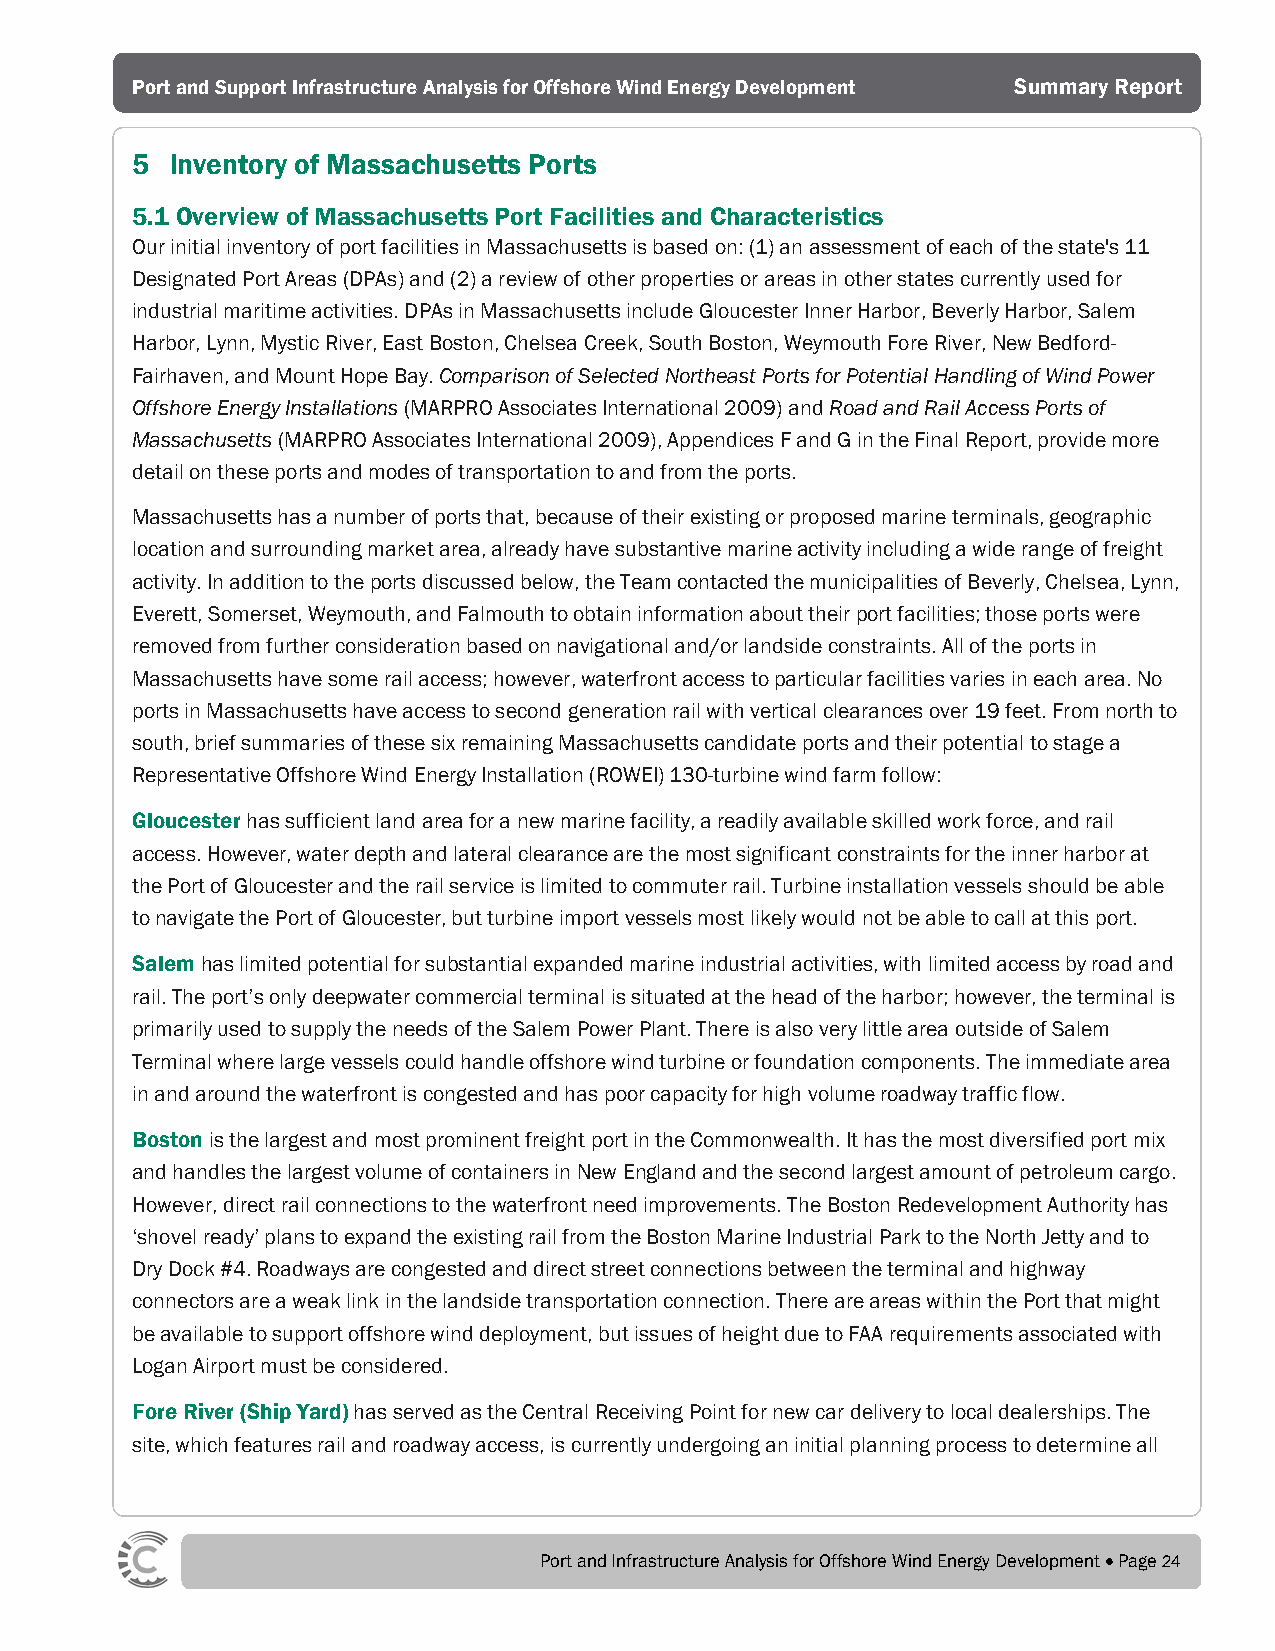
Port and Support Infrastructure Analysis for Offshore Wind Energy Development Summary Report
 5 Inventory of Massachusetts Ports
 5.1 Overview of Massachusetts Port Facilities and Characteristics
 Our initial inventory of port facilities in Massachusetts is based on: (1) an assessment of each of the state's 11
 Designated Port Areas (DPAs) and (2) a review of other properties or areas in other states currently used for
 industrial maritime activities. DPAs in Massachusetts include Gloucester Inner Harbor, Beverly Harbor, Salem
 Harbor, Lynn, Mystic River, East Boston, Chelsea Creek, South Boston, Weymouth Fore River, New Bedford-
 Fairhaven, and Mount Hope Bay. Comparison of Selected Northeast Ports for Potential Handling of Wind Power
 Offshore Energy Installations (MARPRO Associates International 2009) and Road and Rail Access Ports of
 Massachusetts (MARPRO Associates International 2009), Appendices F and G in the Final Report, provide more
 detail on these ports and modes of transportation to and from the ports.
 Massachusetts has a number of ports that, because of their existing or proposed marine terminals, geographic
 location and surrounding market area, already have substantive marine activity including a wide range of freight
 activity. In addition to the ports discussed below, the Team contacted the municipalities of Beverly, Chelsea, Lynn,
 Everett, Somerset, Weymouth, and Falmouth to obtain information about their port facilities; those ports were
 removed from further consideration based on navigational and/or landside constraints. All of the ports in
 Massachusetts have some rail access; however, waterfront access to particular facilities varies in each area. No
 ports in Massachusetts have access to second generation rail with vertical clearances over 19 feet. From north to
 south, brief summaries of these six remaining Massachusetts candidate ports and their potential to stage a
 Representative Offshore Wind Energy Installation (ROWEI) 130-turbine wind farm follow:
 Gloucester has sufficient land area for a new marine facility, a readily available skilled work force, and rail
 access. However, water depth and lateral clearance are the most significant constraints for the inner harbor at
 the Port of Gloucester and the rail service is limited to commuter rail. Turbine installation vessels should be able
 to navigate the Port of Gloucester, but turbine import vessels most likely would not be able to call at this port.
 Salem has limited potential for substantial expanded marine industrial activities, with limited access by road and
 rail. The port’s only deepwater commercial terminal is situated at the head of the harbor; however, the terminal is
 primarily used to supply the needs of the Salem Power Plant. There is also very little area outside of Salem
 Terminal where large vessels could handle offshore wind turbine or foundation components. The immediate area
 in and around the waterfront is congested and has poor capacity for high volume roadway traffic flow.
 Boston is the largest and most prominent freight port in the Commonwealth. It has the most diversified port mix
 and handles the largest volume of containers in New England and the second largest amount of petroleum cargo.
 However, direct rail connections to the waterfront need improvements. The Boston Redevelopment Authority has
 ‘shovel ready’ plans to expand the existing rail from the Boston Marine Industrial Park to the North Jetty and to
 Dry Dock #4. Roadways are congested and direct street connections between the terminal and highway
 connectors are a weak link in the landside transportation connection. There are areas within the Port that might
 be available to support offshore wind deployment, but issues of height due to FAA requirements associated with
 Logan Airport must be considered.
 Fore River (Ship Yard) has served as the Central Receiving Point for new car delivery to local dealerships. The
 site, which features rail and roadway access, is currently undergoing an initial planning process to determine all
 Port and Infrastructure Analysis for Offshore Wind Energy Development • Page 24